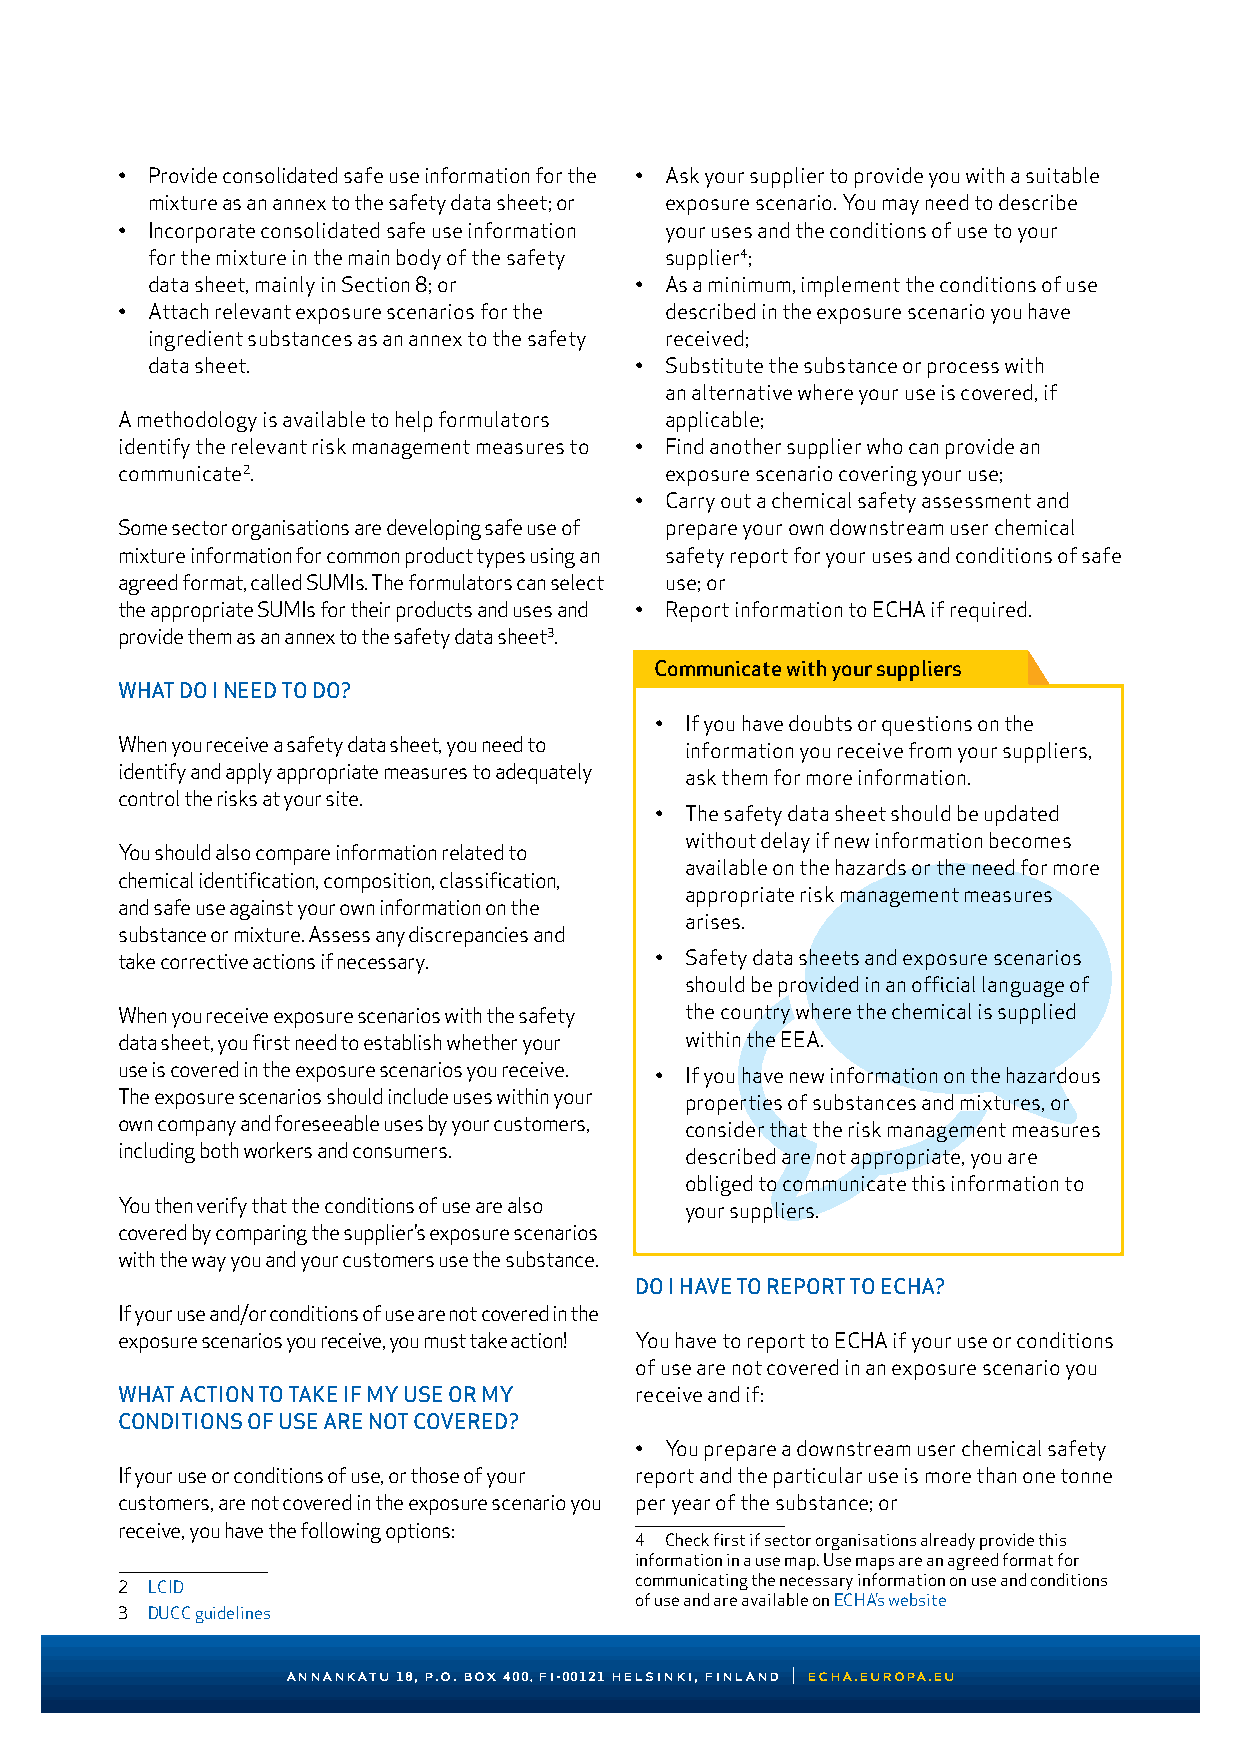
• Provide consolidated safe use information for the • Ask your supplier to provide you with a suitable
 mixture as an annex to the safety data sheet; or exposure scenario. You may need to describe
 • Incorporate consolidated safe use information your uses and the conditions of use to your
 for the mixture in the main body of the safety supplier4;
 data sheet, mainly in Section 8; or • As a minimum, implement the conditions of use
 • Attach relevant exposure scenarios for the described in the exposure scenario you have
 ingredient substances as an annex to the safety received;
 data sheet.                     • Substitute the substance or process with
 an alternative where your use is covered, if
 A methodology is available to help formulators applicable;
 identify the relevant risk management measures to • Find another supplier who can provide an
 communicate2.                       exposure scenario covering your use;
 • Carry out a chemical safety assessment and
 Some sector organisations are developing safe use of prepare your own downstream user chemical
 mixture information for common product types using an safety report for your uses and conditions of safe
 agreed format, called SUMIs. The formulators can select use; or
 the appropriate SUMIs for their products and uses and • Report information to ECHA if required.
 provide them as an annex to the safety data sheet3.
 Communicate with your suppliers
 WHAT DO I NEED TO DO?
 • If you have doubts or questions on the
 When you receive a safety data sheet, you need to information you receive from your suppliers,
 identify and apply appropriate measures to adequately ask them for more information.
 control the risks at your site.
 • The safety data sheet should be updated
 without delay if new information becomes
 You should also compare information related to
 available on the hazards or the need for more
 chemical identification, composition, classification,
 appropriate risk management measures
 and safe use against your own information on the
 arises.
 substance or mixture. Assess any discrepancies and
 take corrective actions if necessary. • Safety data sheets and exposure scenarios
 should be provided in an official language of
 When you receive exposure scenarios with the safety the country where the chemical is supplied
 data sheet, you first need to establish whether your within the EEA.
 use is covered in the exposure scenarios you receive. • If you have new information on the hazardous
 The exposure scenarios should include uses within your properties of substances and mixtures, or
 own company and foreseeable uses by your customers, consider that the risk management measures
 including both workers and consumers. described are not appropriate, you are
 obliged to communicate this information to
 You then verify that the conditions of use are also your suppliers.
 covered by comparing the supplier’s exposure scenarios
 with the way you and your customers use the substance.
 DO I HAVE TO REPORT TO ECHA?
 If your use and/or conditions of use are not covered in the
 exposure scenarios you receive, you must take action! You have to report to ECHA if your use or conditions
 of use are not covered in an exposure scenario you
 WHAT ACTION TO TAKE IF MY USE OR MY receive and if:
 CONDITIONS OF USE ARE NOT COVERED?
 • You prepare a downstream user chemical safety
 If your use or conditions of use, or those of your report and the particular use is more than one tonne
 customers, are not covered in the exposure scenario you per year of the substance; or
 receive, you have the following options:
 4 Check first if sector organisations already provide this
 information in a use map. Use maps are an agreed format for
 communicating the necessary information on use and conditions
 2 LCID
 of use and are available on ECHA’s website
 3 DUCC guidelines
 annankatu 18, p.o. box 400, fi-00121 helsinki, finland | echa.europa.eu